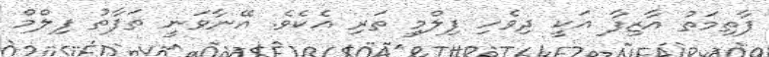
ފާތިމަތު އާޒިފާ އަކީ ދިވެހި ފިލްމީ ތަރި އެކެވެ. އޭނާވަނީ ތަފާތު ފިލްމް